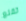
تقنع